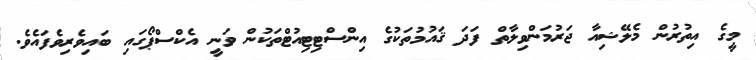
މީގެ އިތުރުން މެލޭޝިއާ ޖަރުމަންވިލާތް ފަދަ ޤައުމުތަކުގެ އިންސްޓިޓިއުޓްތަކުން ވަނީ އެކްސްޕޯގައި ބައިވެރިވެފައެވެ.